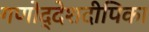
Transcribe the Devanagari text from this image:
गणोद्देशदीपिका